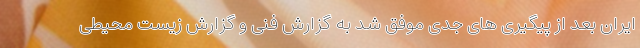
ایران بعد از پیگیری های جدی موفق شد به گزارش فنی و گزارش زیست محیطی